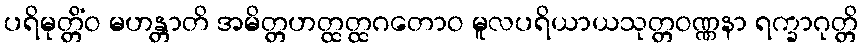
ပရိမုတ္တိံဝ မဟန္တာတိ အမိတ္တဟတ္ထတ္ထဂတောဝ မူလပရိယာယသုတ္တဝဏ္ဏနာ ရက္ခာဂုတ္တိ